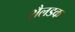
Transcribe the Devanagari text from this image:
शैलडक